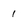
Character: 1